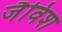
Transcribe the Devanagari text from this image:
जैविश